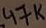
Text: 47K